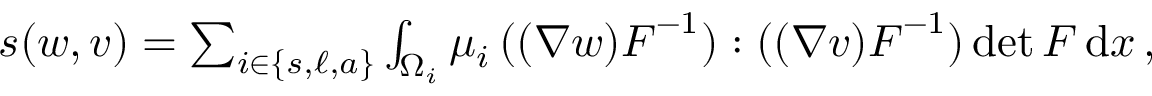
\begin{array} { r } { s ( \boldsymbol { w } , \boldsymbol { v } ) = \sum _ { i \in \{ s , \ell , a \} } \int _ { \Omega _ { i } } \mu _ { i } \, ( ( \nabla \boldsymbol { w } ) \boldsymbol { F } ^ { - 1 } ) : ( ( \nabla \boldsymbol { v } ) \boldsymbol { F } ^ { - 1 } ) \operatorname* { d e t } \boldsymbol { F } \, \mathrm { d } x \, , } \end{array}